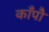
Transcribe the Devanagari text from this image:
काँपौ